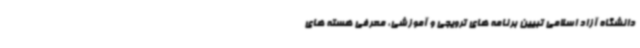
دانشگاه آزاد اسلامی تبیین برنامه های ترویجی و آموزشی، معرفی هسته های